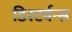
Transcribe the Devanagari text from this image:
डिस्टर्बन्स